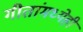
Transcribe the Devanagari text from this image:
गीतांमध्येही